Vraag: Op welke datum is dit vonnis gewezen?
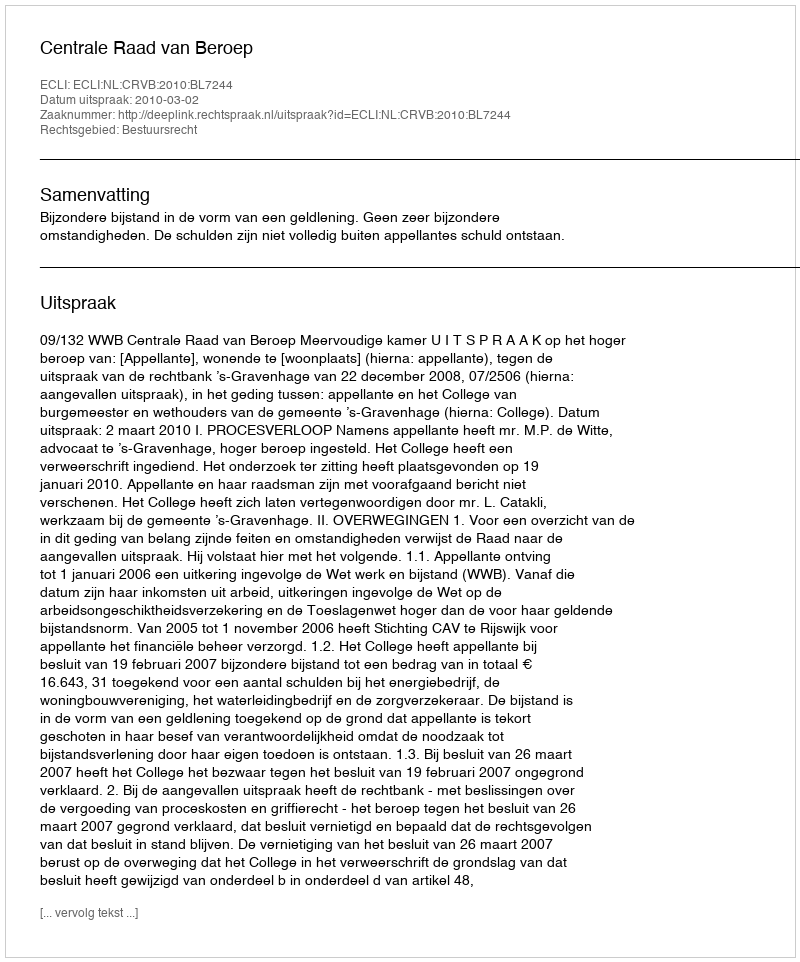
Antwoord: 2010-03-02